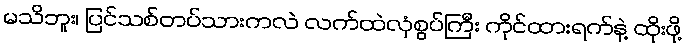
မသိဘူး၊ ပြင်သစ်တပ်သားကလဲ လက်ထဲလှံစွပ်ကြီး ကိုင်ထားရက်နဲ့ ထိုးဖို့